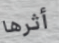
أثرها